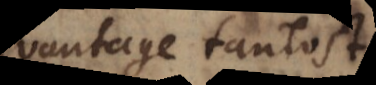
d’avantage tantost.